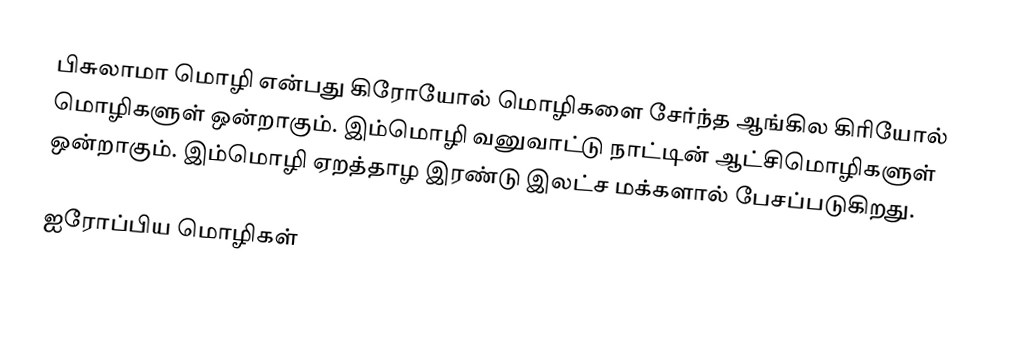
பிசுலாமா மொழி என்பது கிரோயோல் மொழிகளை சேர்ந்த ஆங்கில கிரியோல் மொழிகளுள் ஒன்றாகும். இம்மொழி வனுவாட்டு நாட்டின் ஆட்சிமொழிகளுள் ஒன்றாகும். இம்மொழி ஏறத்தாழ இரண்டு இலட்ச மக்களால் பேசப்படுகிறது.

ஐரோப்பிய மொழிகள்